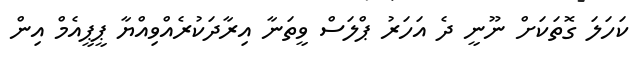
ކަހަލަ ގޮތަކަށް ނޫނީ ދެ އަހަރު ޕްލަސް ވީތަނާ އިރާދަކުރެއްވިއްޔާ ޕީޕީއެމް އިން